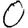
Digit: 0